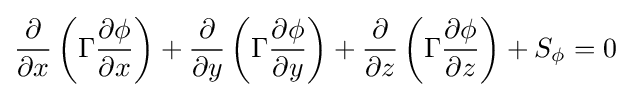
{\frac {\partial }{\partial x}}\left(\Gamma {\frac {\partial \phi }{\partial x}}\right)+{\frac {\partial }{\partial y}}\left(\Gamma {\frac {\partial \phi }{\partial y}}\right)+{\frac {\partial }{\partial z}}\left(\Gamma {\frac {\partial \phi }{\partial z}}\right)+S_{\phi }=0